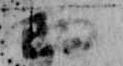
西